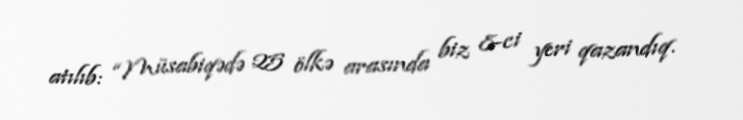
atılıb: “Müsabiqədə 25 ölkə arasında biz 8-ci yeri qazandıq.